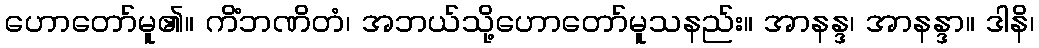
ဟောတော်မူ၏။ ကိံဘဏိတံ၊ အဘယ်သို့ဟောတော်မူသနည်း။ အာနန္ဒ၊ အာနန္ဒာ။ ဒါနိ၊